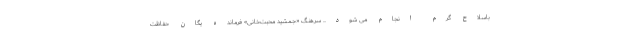
باسلاح گرم انجام می شود... سرهنگ «جمشید محبت‌خانی» فرمانده یگان حفاظت